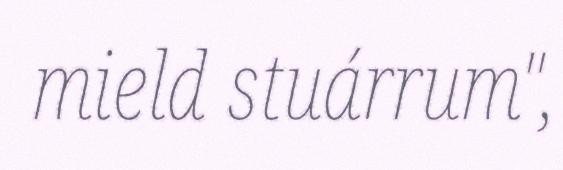
mield stuárrum",